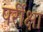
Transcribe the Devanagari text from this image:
पर्रीक्षा